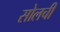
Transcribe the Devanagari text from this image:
सोलची